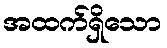
အထက်ရှိသော